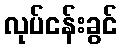
လုပ်ငန်းခွင်